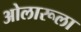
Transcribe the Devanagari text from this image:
ओलारूला